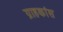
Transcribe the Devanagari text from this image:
ग्राहकांस